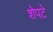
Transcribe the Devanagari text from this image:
शेपटे